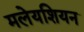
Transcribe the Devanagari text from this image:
मलेयशियन